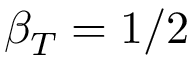
\beta _ { T } = 1 / 2